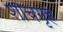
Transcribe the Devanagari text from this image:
शौचगृह